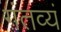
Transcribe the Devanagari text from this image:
गंतव्यं